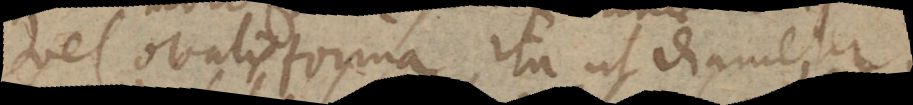
vel ovalis forma, ita ut diameter